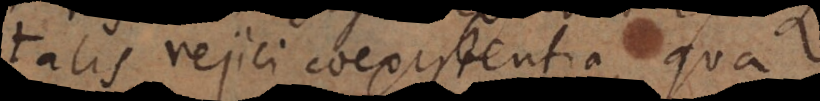
talis rejici coexistentia, qua